Senior Leaving Certificate Examination (including Day School Certificate (Higher) General paper), 1950
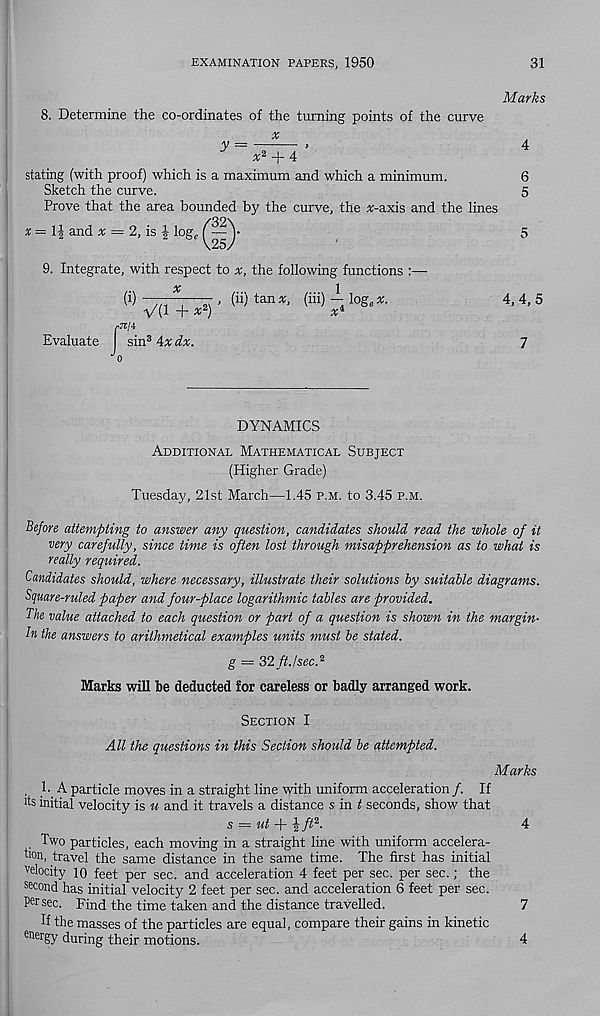
EXAMINATION PAPERS, 1950
31
Marks
8. Determine the co-ordinates of the turning points of the curve
x
y =
>
x 2 + 4
stating (with proof) which is a maximum and which a minimum.
Sketch the curve.
Prove that the area bounded by the curve, the #-axis and the lines
x = and * = 2, is £ log e
(i>
4
6
5
5
9. Integrate, with respect to *, the following functions :—
X
1
W -777——- > (ii) tan a, (hi) - log, a:.
4, 4, 5
V(1 + x 2 )
x*
pTC/4
Evaluate
sin 3 4x dx.
7
J o
DYNAMICS
Additional Mathematical Subject
(Higher Grade)
Tuesday, 21st March—1.45 p.m. to 3.45 p.m.
Before attempting to answer any question, candidates should read the whole of it
very carefully, since time is often lost through misapprehension as to what is
really required.
Candidates should, where necessary, illustrate their solutions by suitable diagrams.
Square-ruled paper and four-place logarithmic tables are provided.
The value attached to each question or part of a question is shown in the margin-
in the answers to arithmetical examples units must be stated.
g = 32 ft.!sec. 2
Marks will be deducted for careless or badly arranged work.
Section I
All the questions in this Section should be attempted.
Marks
. E A particle moves in a straight line with uniform acceleration/. If
ks initial velocity is u and it travels a distance s in t seconds, show that
s = ut \ ft 2 .
4
, Two particles, each moving in a straight line with uniform accelera-
tlon , travel the same distance in the same time. The first has initial
Vel°c ity 10 feet per sec. and acceleration 4 feet per sec. per sec.; the
second has initial velocity 2 feet per sec. and acceleration 6 feet per sec.
Per sec. Find the time taken and the distance travelled.
7
K the masses of the particles are equal, compare their gains in kinetic
energy during their motions.
4